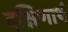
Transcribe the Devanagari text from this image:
दक्षिणार्थं